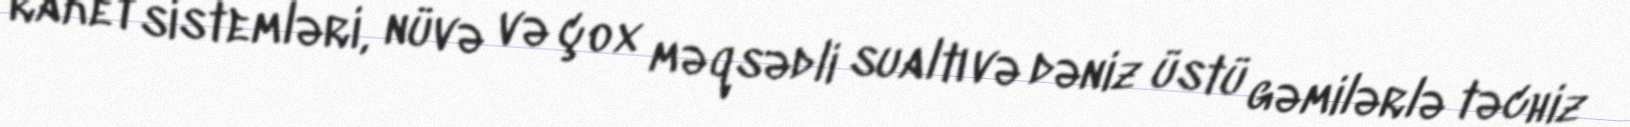
raket sistemləri, nüvə və çox məqsədli sualtı və dəniz üstü gəmilərlə təchiz